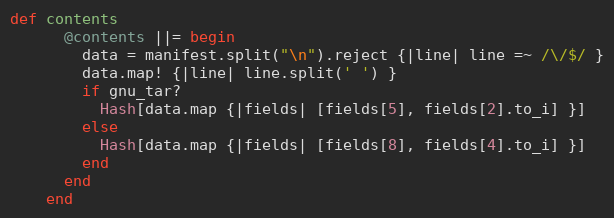
Language: Ruby
def contents
      @contents ||= begin
        data = manifest.split("\n").reject {|line| line =~ /\/$/ }
        data.map! {|line| line.split(' ') }
        if gnu_tar?
          Hash[data.map {|fields| [fields[5], fields[2].to_i] }]
        else
          Hash[data.map {|fields| [fields[8], fields[4].to_i] }]
        end
      end
    end